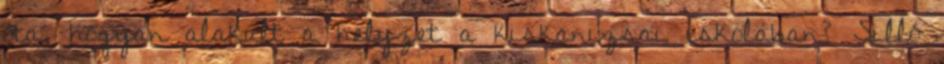
óta, hogyan alakult a helyzet a kiskanizsai iskolában? Silló